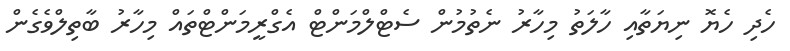
ހެދި ހެޔޮ ނިޔަތާއި ހާލަތު މިހާރު ނެތުމުން ސެޓްލްމަންޓް އެގްރީމަންޓްތައް މިހާރު ބާތިލްވެގެން